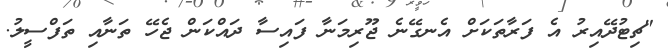
"ޗިޓުދޭއިރު އެ ފަރާތަކަށް އެނގޭނެ ޖޫރިމަނާ ފައިސާ ދައްކަން ޖެހޭ ތަނާއި ތަފްސީލު.